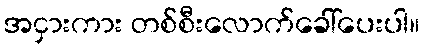
အငှားကား တစ်စီးလောက်ခေါ်ပေးပါ။